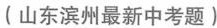
(山东滨州最新中考题)